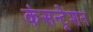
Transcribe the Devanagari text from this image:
कंसन्ट्रेशन